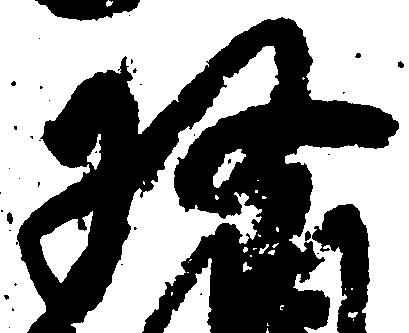
収